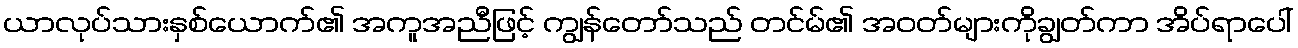
ယာလုပ်သားနှစ်ယောက်၏ အကူအညီဖြင့် ကျွန်တော်သည် တင်မ်၏ အဝတ်များကိုချွတ်ကာ အိပ်ရာပေါ်